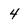
Character: 4